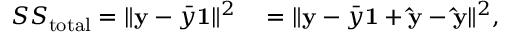
\begin{array} { r l } { S S _ { \mathrm { t o t a l } } = \Vert \mathbf { y } - { \bar { y } } \mathbf { 1 } \Vert ^ { 2 } } & { { } = \Vert \mathbf { y } - { \bar { y } } \mathbf { 1 } + \mathbf { \hat { y } } - \mathbf { \hat { y } } \Vert ^ { 2 } , } \end{array}